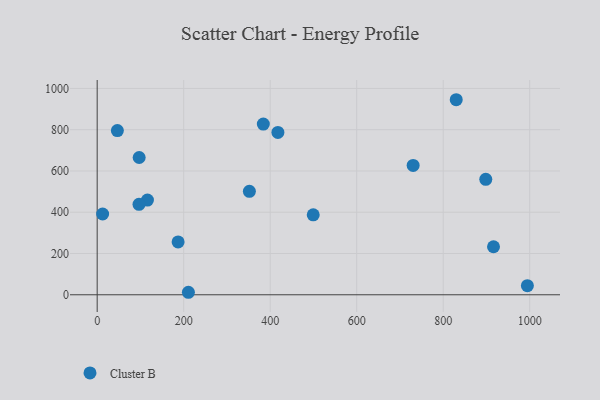
{"axis": {"x": "Engine Size", "y": "Rating"}, "legend": ["Cluster B"], "data": [{"x": "830.1", "y": 945.2, "type": "Cluster B"}, {"x": "384.1", "y": 827.3, "type": "Cluster B"}, {"x": "730.5", "y": 627.0, "type": "Cluster B"}, {"x": "210.9", "y": 12.1, "type": "Cluster B"}, {"x": "97.1", "y": 665.3, "type": "Cluster B"}, {"x": "12.6", "y": 391.5, "type": "Cluster B"}, {"x": "994.6", "y": 44.2, "type": "Cluster B"}, {"x": "499.5", "y": 387.5, "type": "Cluster B"}, {"x": "916.3", "y": 232.7, "type": "Cluster B"}, {"x": "46.7", "y": 795.9, "type": "Cluster B"}, {"x": "116.2", "y": 459.0, "type": "Cluster B"}, {"x": "187.1", "y": 256.0, "type": "Cluster B"}, {"x": "351.9", "y": 501.5, "type": "Cluster B"}, {"x": "96.7", "y": 438.4, "type": "Cluster B"}, {"x": "417.8", "y": 786.8, "type": "Cluster B"}, {"x": "898.4", "y": 559.3, "type": "Cluster B"}]}